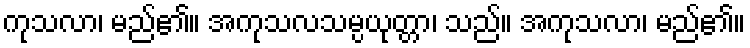
ကုသလာ၊ မည်၏။ အကုသလသမ္ပယုတ္တာ၊ သည်။ အကုသလာ၊ မည်၏။